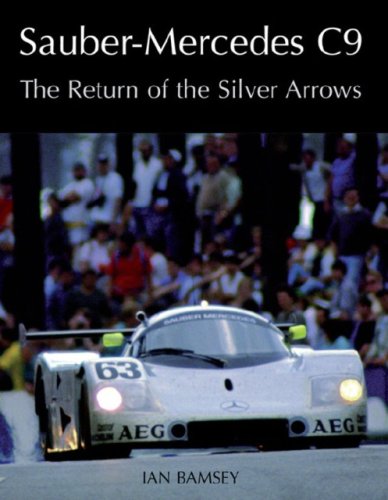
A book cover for Sauber-Mercedes C9: The Return of the Silver Arrows; Ian Bamsey; Engineering & Transportation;